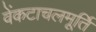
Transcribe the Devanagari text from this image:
वेंकटाचलमूर्ति